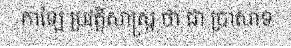
កាឡៃ ប្រវត្តិសាស្ត្រ ថា ជា ប្រាសាទ